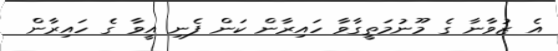
އެ ޒުވާނާ ގެ މޫނުމަތީގާވާ ހައިރާން ކަން ފެނި އީވާ ގެ ހައިރާން